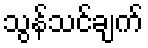
သွန်သင်ချက်